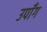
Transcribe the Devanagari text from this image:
उपाँग